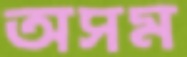
অসম